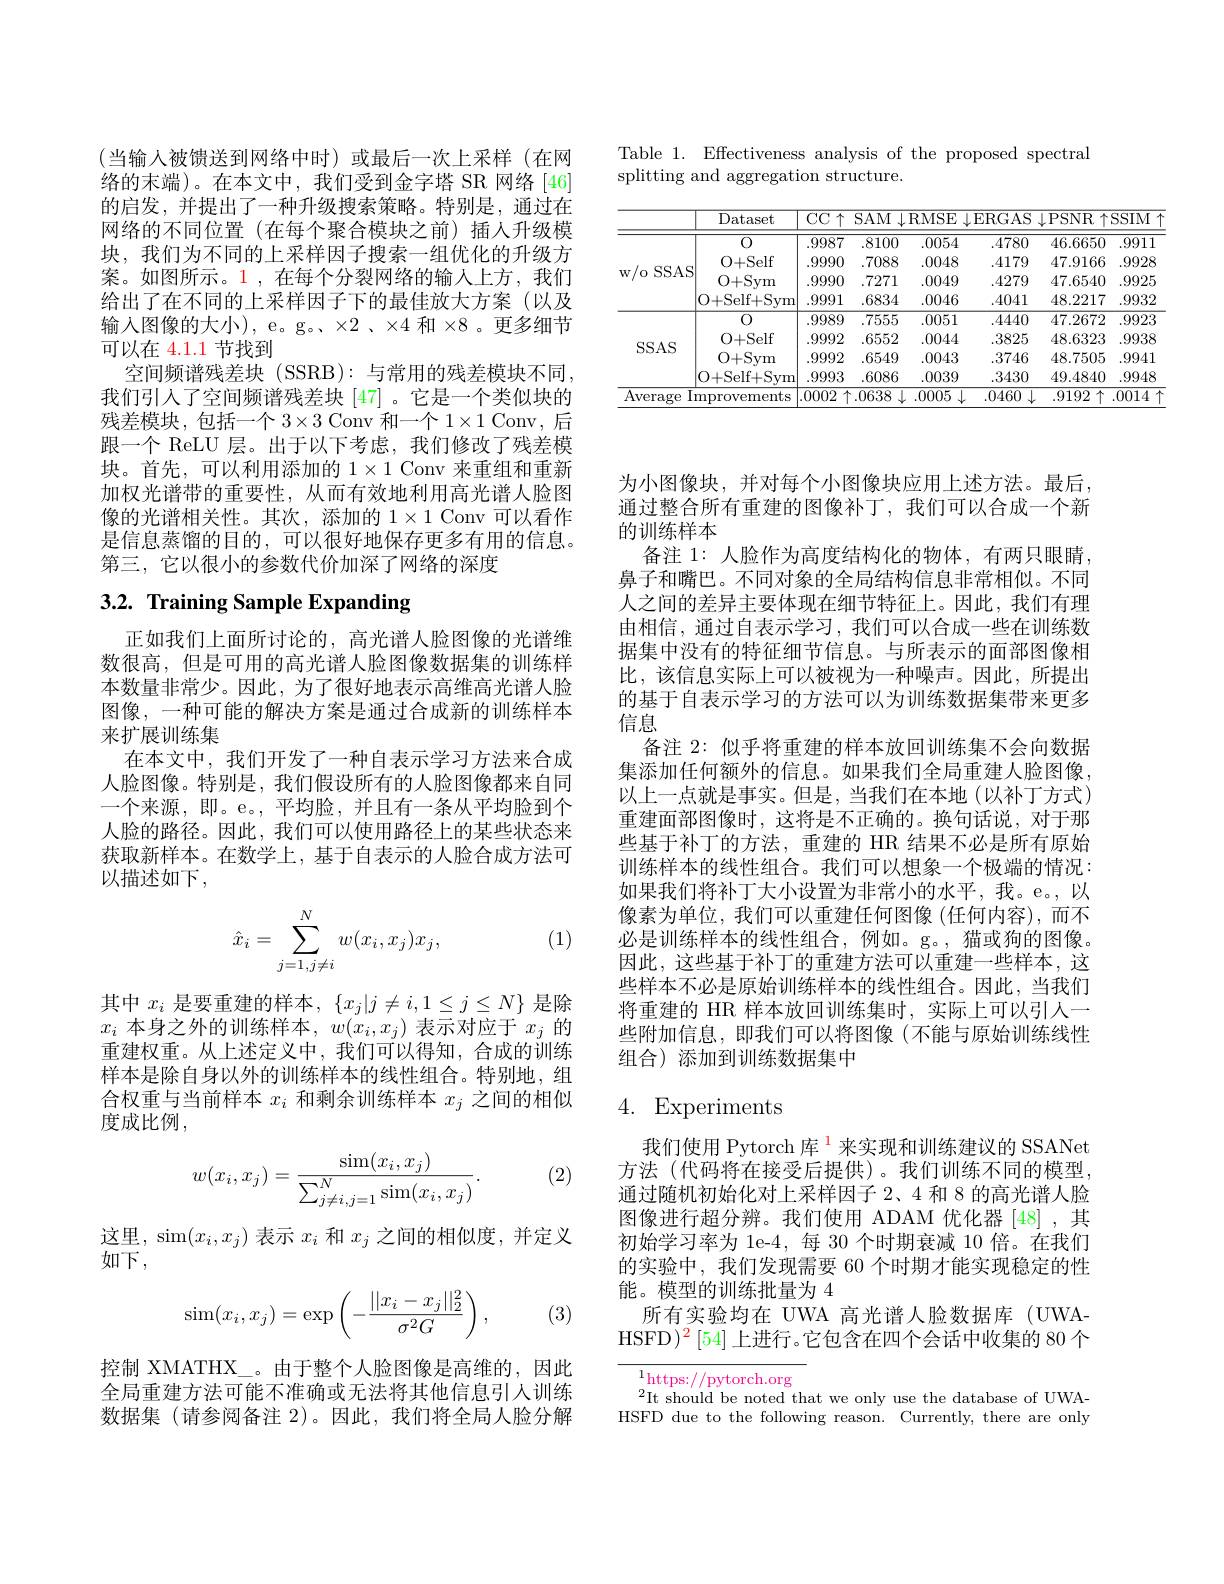
Table 1. Effectiveness analysis of the proposed spectral
splitting and aggregation structure.

<table>
	<tbody>
		<tr>
			<th> </th>
			<th>Dataset</th>
			<th>$\overline{{\mathrm{CC}\uparrow}}$</th>
			<th>$SAM$ </th>
			<th>RMSE</th>
			<th>ERGAS</th>
			<th>$\downarrow$PSNR $\{\uparrow$</th>
			<th>$SSIM$ 1</th>
		</tr>
		<tr>
			<th rowspan="4">w/o SSAS</th>
			<th>0</th>
			<th>.9987</th>
			<th>.8100</th>
			<th>.0054</th>
			<th>.4780</th>
			<th>46.6650</th>
			<th>.9911</th>
		</tr>
		<tr>
			<td>0+Self</td>
			<td>.9990</td>
			<td>.7088</td>
			<td>.0048</td>
			<td>.4179</td>
			<td>47.9166</td>
			<td>.9928</td>
		</tr>
		<tr>
			<td>O+ Sym</td>
			<td>.9990</td>
			<td>.7271</td>
			<td>.0049</td>
			<td>.4279</td>
			<td>47.6540</td>
			<td>.9925</td>
		</tr>
		<tr>
			<td>O+ Self+ Sym</td>
			<td>.9991</td>
			<td>.6834</td>
			<td>.0046</td>
			<td>.4041</td>
			<td>48.2217</td>
			<td>.9932</td>
		</tr>
		<tr>
			<td rowspan="4">$SSAS$</td>
			<td>0</td>
			<td>.9989</td>
			<td>.7555</td>
			<td>.0051</td>
			<td>.4440</td>
			<td>47.2672</td>
			<td>.9923</td>
		</tr>
		<tr>
			<td>O+ Self</td>
			<td>.9992</td>
			<td>.6552</td>
			<td>.0044</td>
			<td>.3825</td>
			<td>48.6323</td>
			<td>.9938</td>
		</tr>
		<tr>
			<td>O+ Sym</td>
			<td>.9992</td>
			<td>.6549</td>
			<td>.0043</td>
			<td>.3746</td>
			<td>48.7505</td>
			<td>.9941</td>
		</tr>
		<tr>
			<td>O+ Self+ Sym</td>
			<td>.9993</td>
			<td>.6086</td>
			<td>.0039</td>
			<td>.3430</td>
			<td>49.4840</td>
			<td>.9948</td>
		</tr>
		<tr>
			<td colspan="2">Average Improvements</td>
			<td>.0002</td>
			<td>.0638</td>
			<td>.0005</td>
			<td>.0460</td>
			<td>.9192 个 1</td>
			<td>.0014</td>
		</tr>
	</tbody>
</table>

(当输入被馈送到网络中时)或最后一次上采样(在网络的末端)。在本文中，我们受到金字塔 SR 网络[46] 的启发，并提出了一种升级搜索策略。特别是，通过在网络的不同位置(在每个聚合模块之前)插人升级模块，我们为不同的上采样因子搜索一组优化的升级方案。如图所示。1,在每个分裂网络的输入上方，我们给出了在不同的上采样因子下的最佳放大方案(以及输入图像的大小), e。g。、$\times2$、×4 和×8。更多细节可以在 4.1.1 节找到
空间频谱残差块 (SSRB): 与常用的残差模块不同， 我们引人了空间频谱残差块[47] 。它是一个类似块的残差模块，包括一个$3\times3$ Conv 和一个$1\times1$ Conv,后跟一个 ReLU 层。出于以下考虑，我们修改了残差模块。首先，可以利用添加的$1\times1$ Conv 来重组和重新加权光谱带的重要性，从而有效地利用高光谱人脸图像的光谱相关性。其次，添加的$1\times1$ Conv 可以看作是信息蒸馏的目的，可以很好地保存更多有用的信息。第三，它以很小的参数代价加深了网络的深度

# 3.2. Training Sample Expanding

正如我们上面所讨论的，高光谱人脸图像的光谱维数很高，但是可用的高光谱人脸图像数据集的训练样本数量非常少。因此，为了很好地表示高维高光谱人脸图像，一种可能的解决方案是通过合成新的训练样本来扩展训练集
在本文中，我们开发了一种自表示学习方法来合成人脸图像。特别是，我们假设所有的人脸图像都来自同一个来源，即。e。,平均脸，并且有一条从平均脸到个人脸的路径。因此，我们可以使用路径上的某些状态来获取新样本。在数学上，基于自表示的人脸合成方法可以描述如下，
$$\hat{x}_i=\sum\limits_{j=1,j\neq i}^Nw(x_i,x_j)x_j,$$
(1)

其 中 $x_{i}$ 是 要 重 建 的 样 本 , $\{ x_{j}| j\neq i, 1\leq j\leq N\}$ 是 除 $x_{i}$ 本 身 之 外 的 训 练 样 本 , $w( x_{i}, x_{j})$ 表 示 对 应 于 $x_{j}$ 的重建权重。从上述定义中，我们可以得知，合成的训练样本是除自身以外的训练样本的线性组合。特别地，组合权重与当前样本$x_i$和剩余训练样本$x_j$之间的相似度成比例，

(2)
$$w(x_i,x_j)=\frac{\sin(x_i,x_j)}{\sum_{j\neq i,j=1}^N\sin(x_i,x_j)}.$$
这里，sim$(x_i,x_j)$表示$x_i$和$x_j$之间的相似度，并定义
如下，
$$\sin(x_i,x_j)=\exp\left(-\frac{||x_i-x_j||_2^2}{\sigma^2G}\right),$$
(3)

控制 XMATHX\_。由于整个人脸图像是高维的，因此全局重建方法可能不准确或无法将其他信息引人训练数据集 (请参阅备注 2)。因此，我们将全局人脸分解

为小图像块，并对每个小图像块应用上述方法。最后， 通过整合所有重建的图像补丁，我们可以合成一个新的训练样本
备注 1: 人脸作为高度结构化的物体，有两只眼睛， 鼻子和嘴巴。不同对象的全局结构信息非常相似。不同人之间的差异主要体现在细节特征上。因此，我们有理由相信，通过自表示学习，我们可以合成一些在训练数据集中没有的特征细节信息。与所表示的面部图像相比，该信息实际上可以被视为一种噪声。因此，所提出的基于自表示学习的方法可以为训练数据集带来更多信息
备注 2: 似乎将重建的样本放回训练集不会向数据集添加任何额外的信息。如果我们全局重建人脸图像， 以上一点就是事实。但是，当我们在本地(以补丁方式) 重建面部图像时，这将是不正确的。换句话说，对于那些基于补丁的方法，重建的 HR 结果不必是所有原始训练样本的线性组合。我们可以想象一个极端的情况： 如果我们将补丁大小设置为非常小的水平，我。e。,以像素为单位，我们可以重建任何图像(任何内容),而不必是训练样本的线性组合，例如。g。,猫或狗的图像。因此，这些基于补丁的重建方法可以重建一些样本，这些样本不必是原始训练样本的线性组合。因此，当我们将重建的 HR 样本放回训练集时，实际上可以引人一些附加信息，即我们可以将图像(不能与原始训练线性组合) 添加到训练数据集中

## 4. Experiments

我们使用 Pytorch 库$^{\color{red}{1}}$来实现和训练建议的 SSANet 方法(代码将在接受后提供)。我们训练不同的模型， 通过随机初始化对上采样因子 2、4 和 8 的高光谱人脸图像进行超分辨。我们使用 ADAM 优化器 [48] ,其初始学习率为 le-4, 每 30 个时期衰减 10 倍。在我们的实验中，我们发现需要 60 个时期才能实现稳定的性能。模型的训练批量为 4
所有实验均在 UWA 高光谱人脸数据库 (UWAHSFD$)^2\left[54\right]$上进行。它包含在四个会话中收集的 80 个

$\overline{\begin{array}{ll}1\mathrm{https://pytorch.org}\\2\mathrm{re~}1\mathrm{~and~}1\end{array}}$
$^{2}$It should be noted that we only use the database of UWAHSFD due to the following reason. Currently, there are only